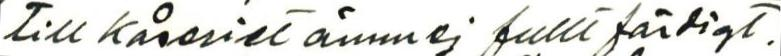
till kåseriet ämn ej fullt färdigt.